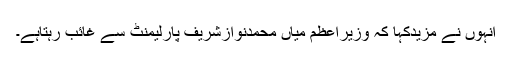
انہوں نے مزیدکہا کہ وزیراعظم میاں محمدنوازشریف پارلیمنٹ سے غائب رہتاہے۔